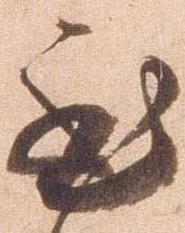
至